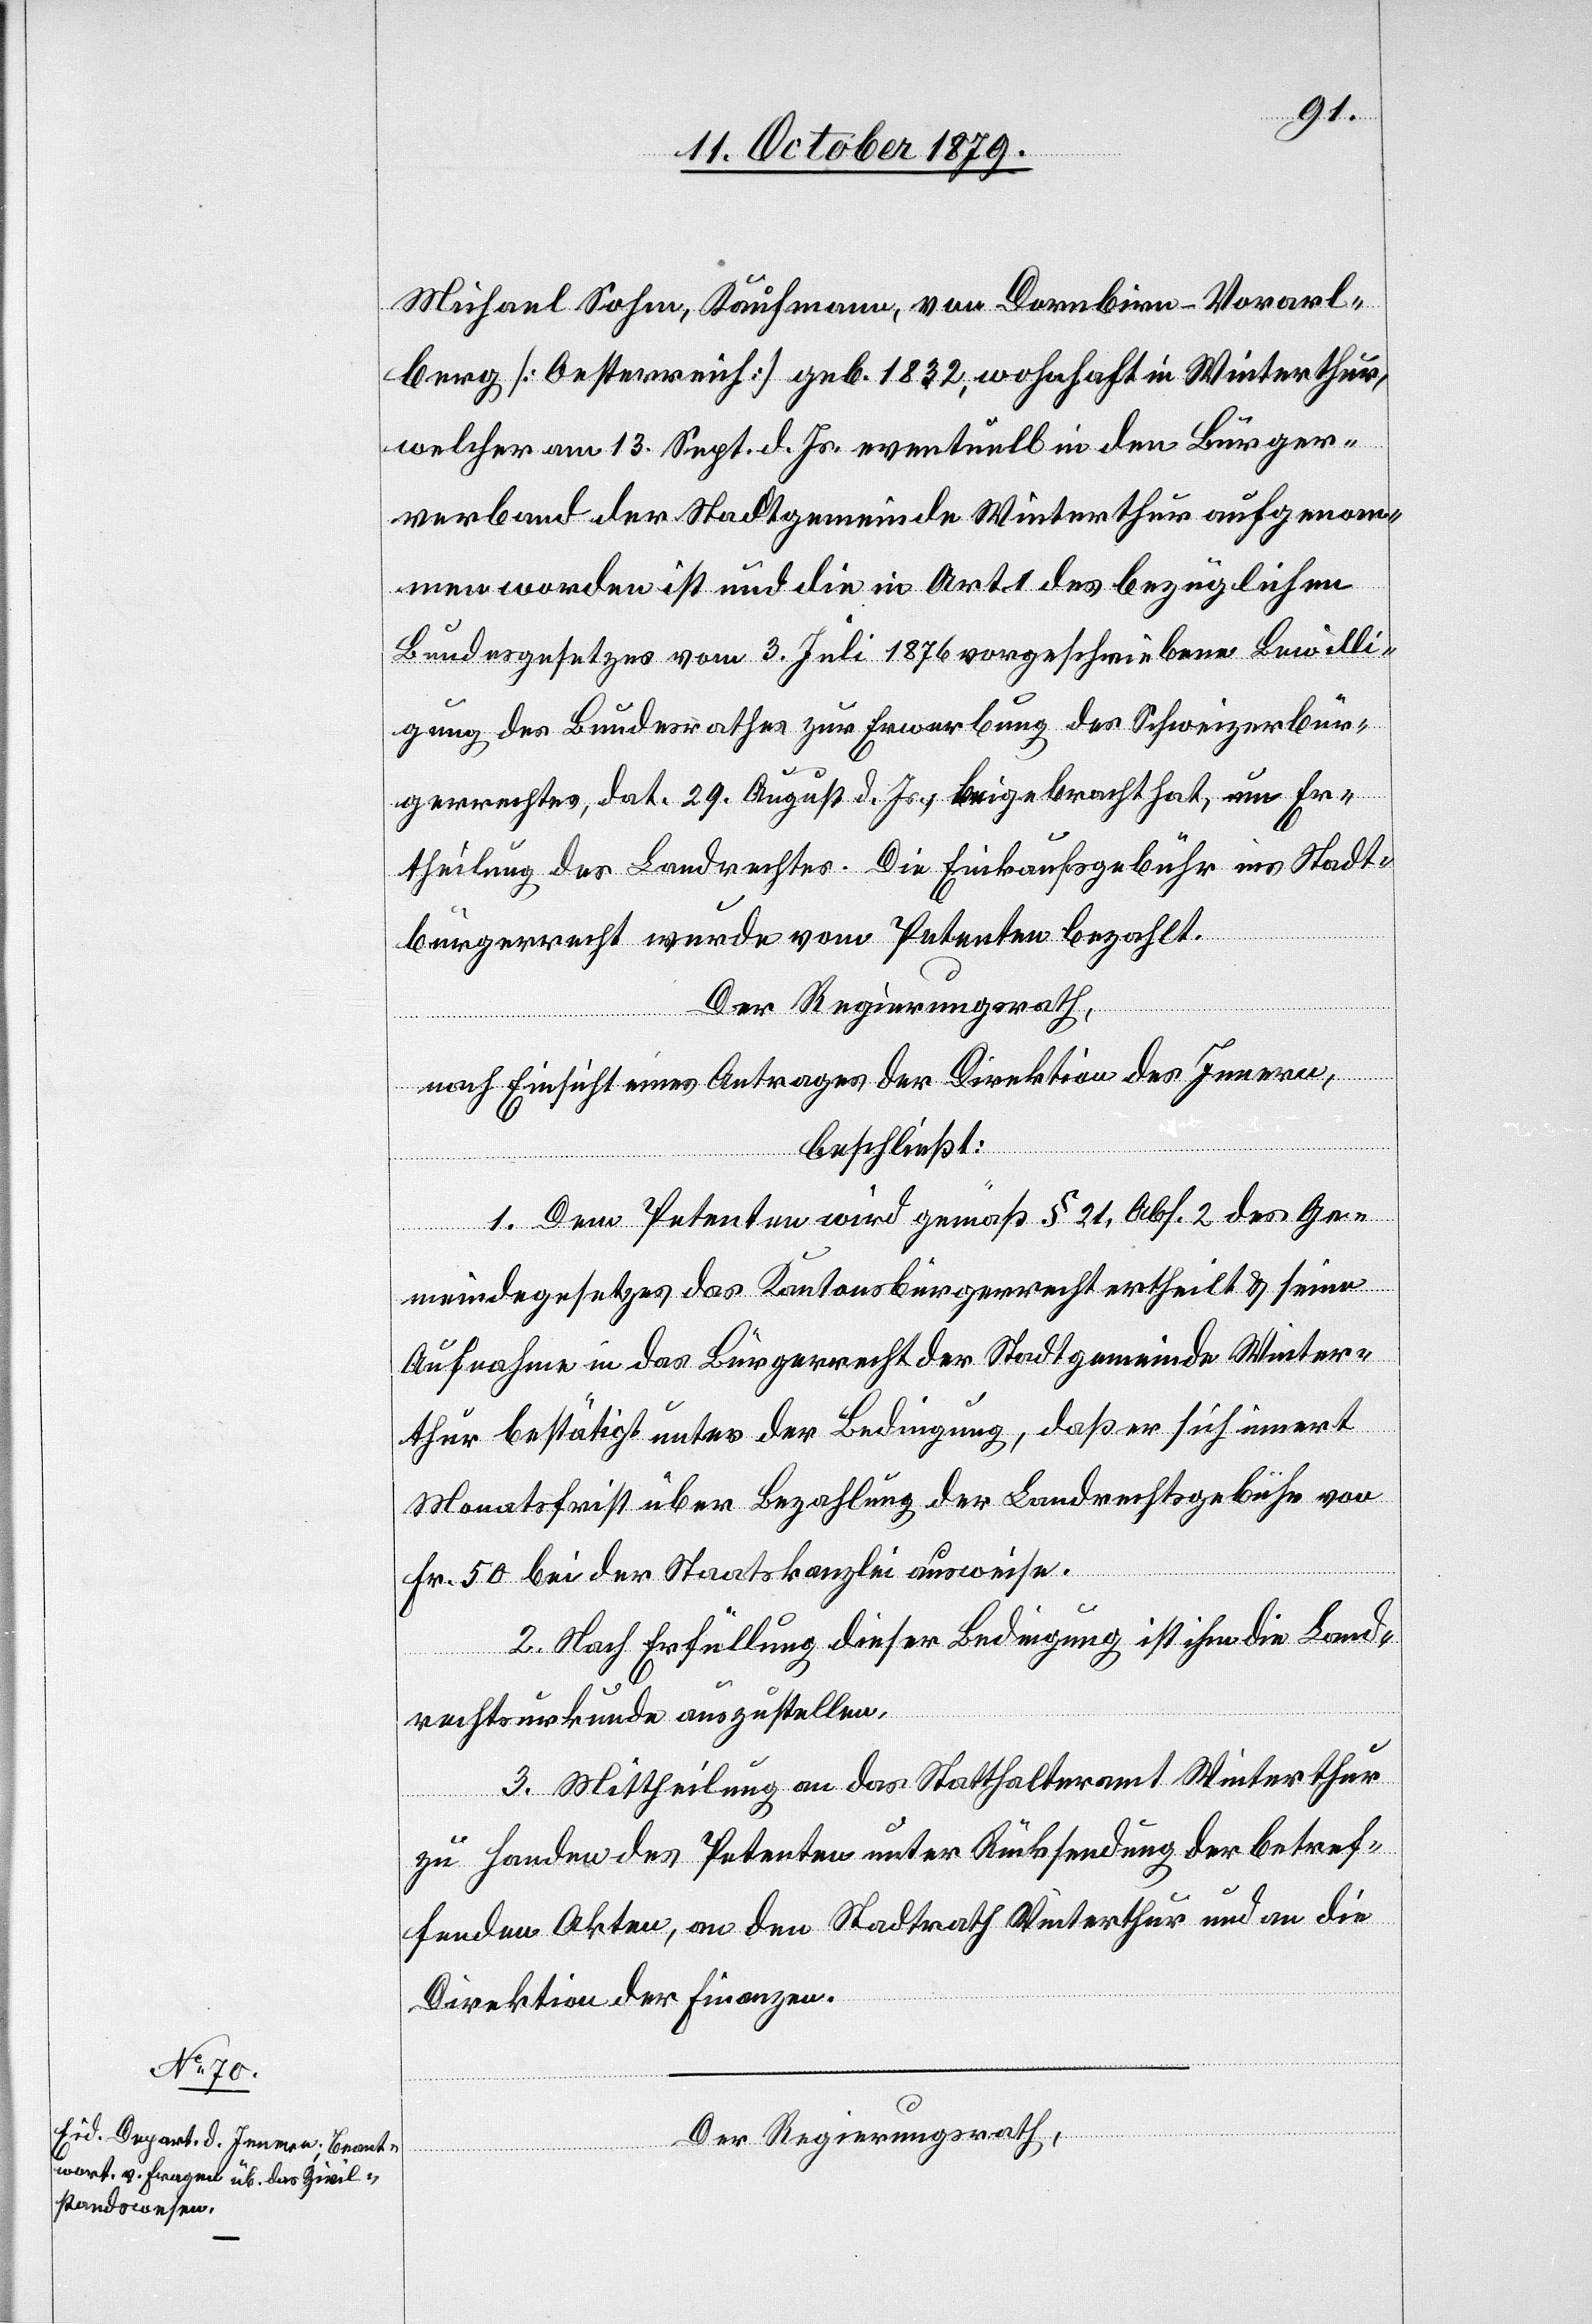
Michael Sohm, Kaufmann, von Dornbirn - Vorarl¬
berg [Oesterreich] geb. 1832, wohnhaft in Winterthur,
welcher am 13. Sept. d. Js. eventuell in den Bürger¬
verband der Stadtgemeinde Winterthur aufgenom¬
men worden ist und die in Art. 1 des bezüglichen
Bundesgesetzes vom 3. Juli 1876 vorgeschriebene Bewilli¬
gung des Bundesrathes zur Erwerbung des Schweizerbür¬
gerrechtes, dat. 29. August d. Js., beigebracht hat, um Er¬
theilung des Landrechtes. Die Einkaufsgebühr im Stadt¬
bürgerrecht wurde vom Petenten bezahlt.
Der Regierungsrath,
nach Einsicht eines Antrages der Direktion des Innern,
beschließt:
1. Dem Petenten wird gemäß § 21, Abs. 2 des Ge¬
meindegesetzes das Kantonsbürgerrecht ertheilt & seine
Aufnahme in das Bürgerrecht der Stadtgemeinde Winter¬
thur bestätigt unter der Bedingung, daß er sich innert
Monatsfrist über Bezahlung der Landrechtsgebühr von
Fr. 50 bei der Staatskanzlei ausweise.
2. Nach Erfüllung dieser Bedingung ist ihm die Land¬
rechtsurkunde auszustellen.
3. Mittheilung an das Statthalteramt Winterthur
zu Handen des Petenten unter Rücksendung der betref¬
fenden Akten, an den Stadtrath Winterthur und an die
Direktion der Finanzen.
Der Regierungsrath,